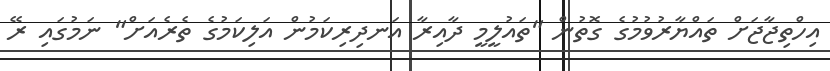
އިހްތިޖާޖަށް ތައްޔާރުވުމުގެ ގޮތުން "ތައުލީމީ ދާއިރާ އަނދިރިކަމުން އަލިކަމުގެ ތެރެއަށް" ނަމުގައި ރޭ